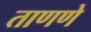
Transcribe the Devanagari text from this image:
ताणणे